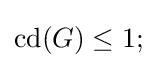
\operatorname {cd} (G)\leq 1;